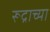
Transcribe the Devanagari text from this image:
रूद्राच्या